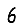
Digit: 6